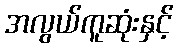
အလွယ်ကူဆုံးနှင့်